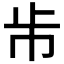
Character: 𣥈